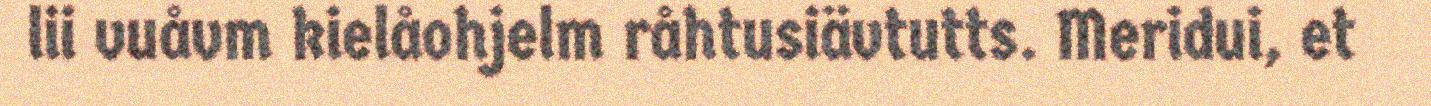
lii vuåvm kielåohjelm råhtusiävtutts. Meridui, et